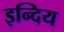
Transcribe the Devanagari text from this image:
इन्दिय